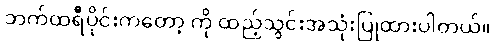
ဘက်ထရီပိုင်းကတော့ ကို ထည့်သွင်းအသုံးပြုထားပါတယ်။